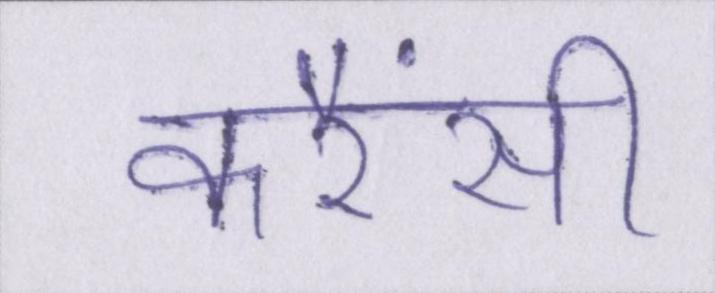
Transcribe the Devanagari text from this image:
करैंसी